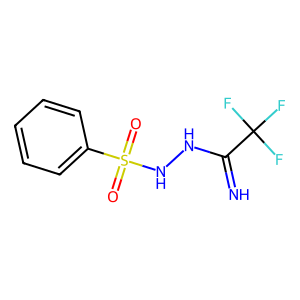
SMILES: N=C(NNS(=O)(=O)c1ccccc1)C(F)(F)F
Inhibits HIV replication: No